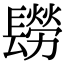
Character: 𨲮